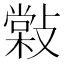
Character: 𢿧